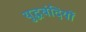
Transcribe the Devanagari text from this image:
युद्घबंदियों